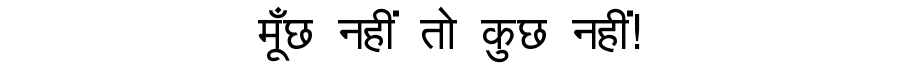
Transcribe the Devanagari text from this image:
मूँछ नहीं तो कुछ नहीं!